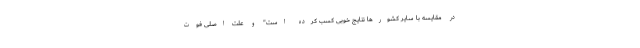
در مقایسه با سایر کشورها نتایج خوبی کسب کرده است" و علت اصلی فوت